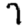
Digit: 7